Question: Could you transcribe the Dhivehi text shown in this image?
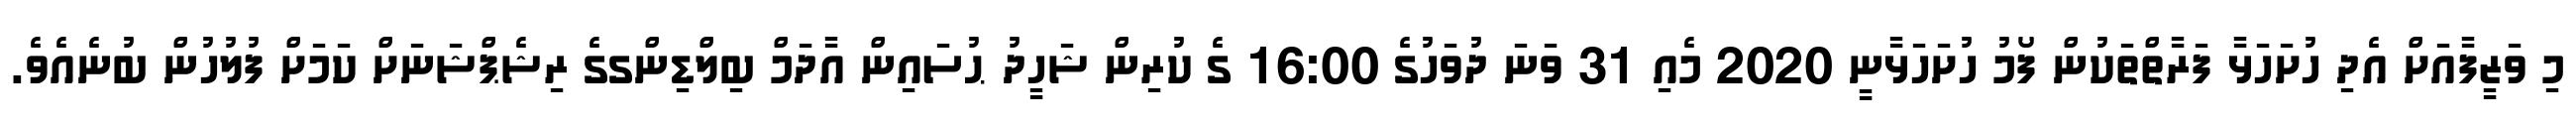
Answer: މި ވަޒީފާއަށް އެދި ހުށަހަޅާ ފަރާތްތަކުން ފޯމު ހުށަހަޅާނީ 2020 މެއި 31 ވަނަ ދުވަހުގެ 16:00 ގެ ކުރިން ޝަހީދު ޙުސައިން އާދަމް ބިލްޑިންގގެ ރިޝެޕްޝަނަށް ކަމަށް ފުލުހުން ބުނެއެވެ.